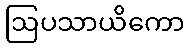
ဩပသာယိကော